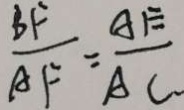
\frac { B F } { A F } = \frac { A E } { A C }